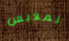
لملابس